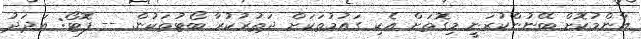
އާންމުކޮށް ބޭނުންކުރަނީ މިގޮތަށް އެކި ގައުމުތަކަށް ދަތުރުކުރާ ބޯޓުތަކުން. -- ފޮޓޯ: އަދަދު